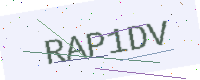
Text: RAP1DV